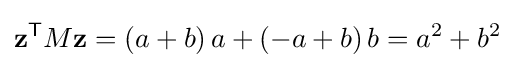
\mathbf {z} ^{\mathsf {T}}M\mathbf {z} =\left(a+b\right)a+\left(-a+b\right)b=a^{2}+b^{2}